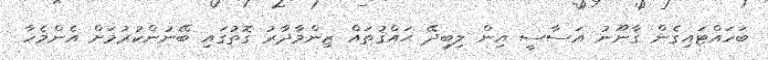
ބަހައްޓައިގެން ޤާނޫނު އަސާސީ އިން ލިބިދޭ ޙައްޤުތައް ޒިންމާދާރު ގޮތުގައި ބޭނުންކުރުމަށް އެންމެހާ